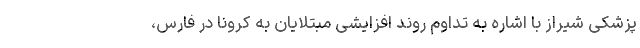
پزشکی شیراز با اشاره به تداوم روند افزایشی مبتلایان به کرونا در فارس،